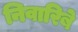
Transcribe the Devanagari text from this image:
निवारिबे